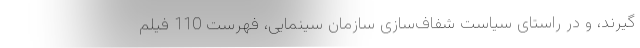
گیرند، و در راستای سیاست شفاف‌سازی سازمان سینمایی، فهرست 110 فیلم